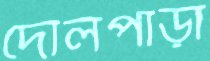
দোলপাড়া